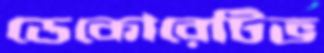
ডেকোরেটিভ